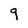
Character: 9